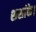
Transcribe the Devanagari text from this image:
शशांके।